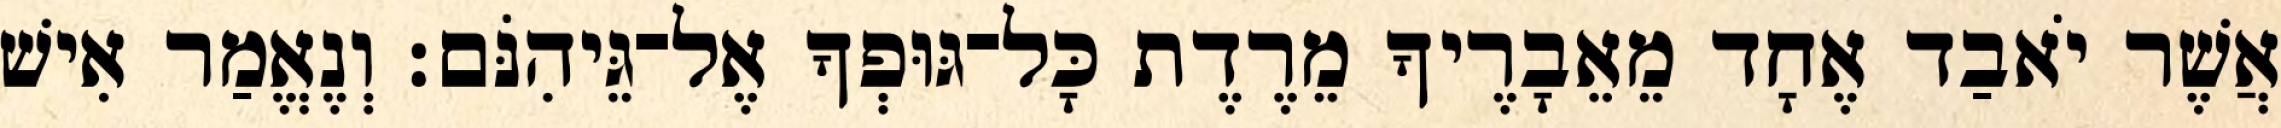
אֲשֶׁר יֹאבַד אֶחָד מֵאֵבָרֶיךָ מֵרֶדֶת כָּל־גּוּפְךָ אֶל־גֵּיהִנֹּם׃ וְנֶאֱמַר אִישׁ